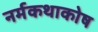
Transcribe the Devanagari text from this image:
नर्मकथाकोष